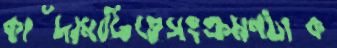
কাঁদামাটিতেসংক্রমণটাক